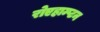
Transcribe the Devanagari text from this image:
रोएहाम्प्टन